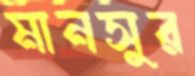
মানসুর